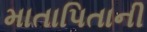
માતાપિતાની